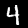
Digit: 4